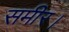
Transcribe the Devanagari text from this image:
समीर।